Civil Veterinary Department. Madras. Admin. report 1910-25 - 1910-1925
Year: 1910
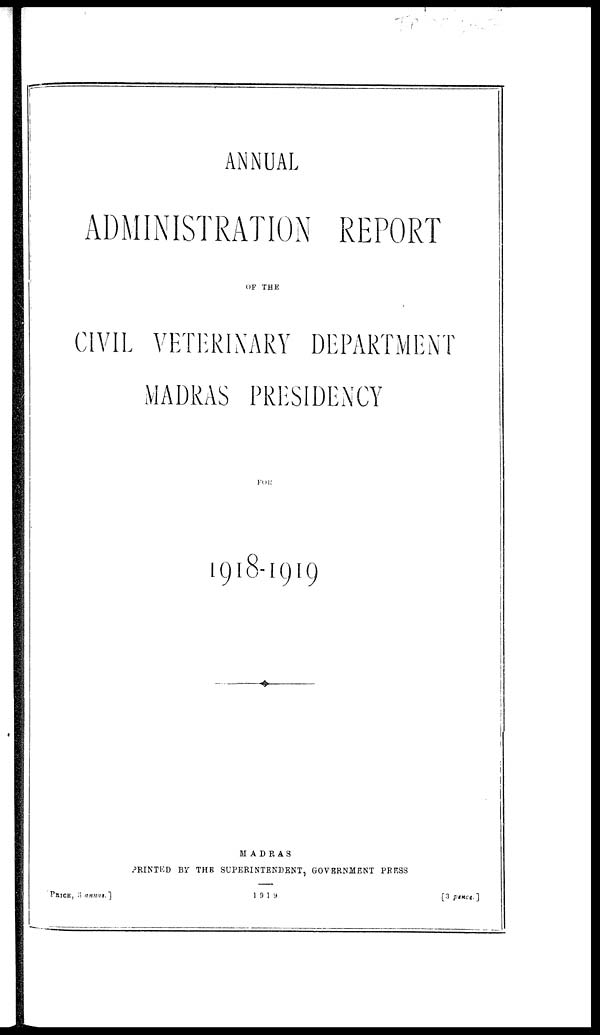
ANNUAL
ADMINISTRATION REPORT
OF THE
CIVIL VETERINARY DEPARTMENT
MADRAS PRESIDENCY
FOR
1918-1919
MADRAS
PRINTED BY THE SUPERINTENDENT, GOVERNMENT PRESS
[PRICE,
3
annas]
1919
[3 pance.]